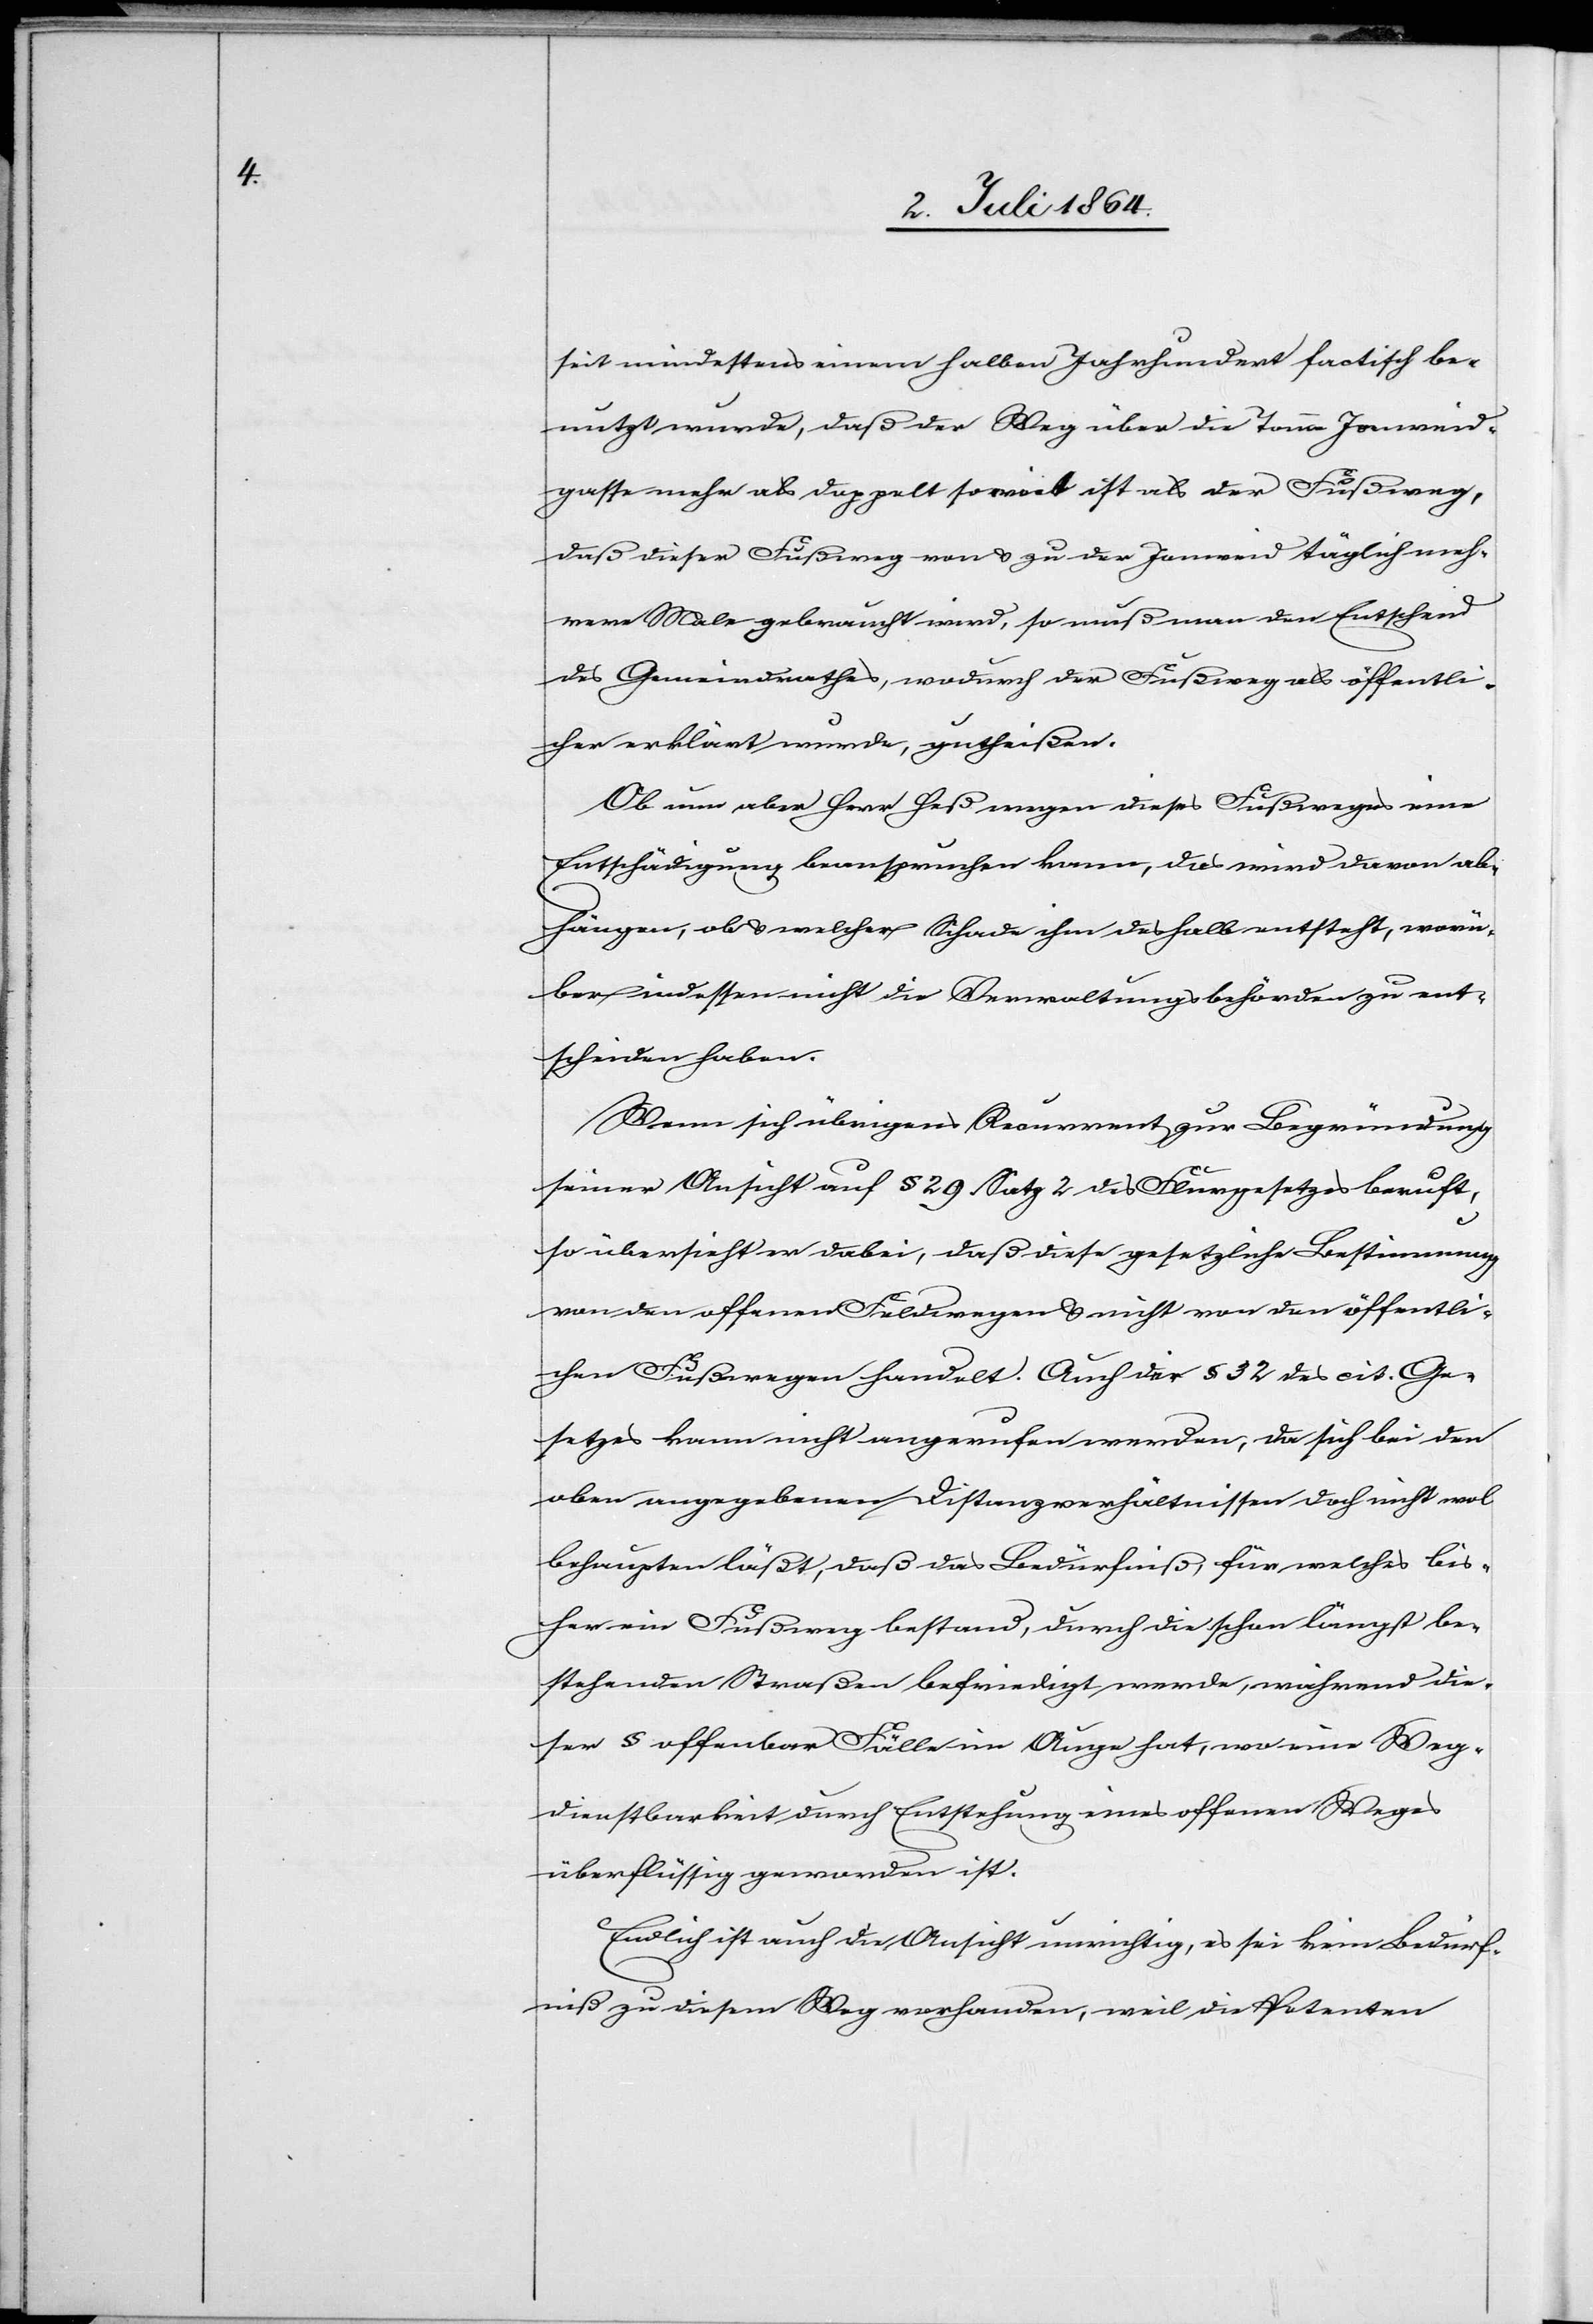
seit mindestens einem halben Jahrhundert factisch be¬
nutzt wurde, daß der Weg über die [?Tann] Jonweid¬
gasse mehr als doppelt so weit ist als der Fußweg,
daß dieser Fußweg von u. zu der Jonweid täglich meh¬
rere Male gebraucht wird, so muß man den Entscheid
des Gemeindrathes, wodurch der Fußweg als öffentli¬
cher erklärt wurde, gutheißen.
Ob nun aber Herr Heß wegen dieses Fußweges eine
Entschädigung beanspruchen kann, das wird davon ab¬
hängen, ob u. welcher Schade ihm deshalb entsteht, worü¬
ber indessen nicht die Verwaltungsbehörden zu ent¬
scheiden haben.
Wenn sich übrigens Recurrent zur Begründung
seiner Ansicht auf § 29 des Flurgesetzes beruft,
so übersieht er dabei, daß diese gesetzliche Bestimmung
von den offenen Feldwegen u. nicht von den öffentli¬
chen Fußwegen handelt. Auch der § 32 des cit. Ge¬
setzes kann nicht angerufen werden, da sich bei den
oben angegebenen Distanzverhältnissen doch nicht wol
behaupten läßt, daß das Bedürfniß, für welches bis¬
her ein Fußweg bestand, durch die schon längst be¬
stehenden Straßen befriedigt werde, während die¬
ser § offenbar Fälle im Auge hat, wo eine Weg¬
dienstbarkeit durch Entstehung eines offenen Weges
überflüssig geworden ist.
Endlich ist auch die Ansicht unrichtig, es sei kein Bedürf¬
niß zu diesem Weg vorhanden, weil die Petenten